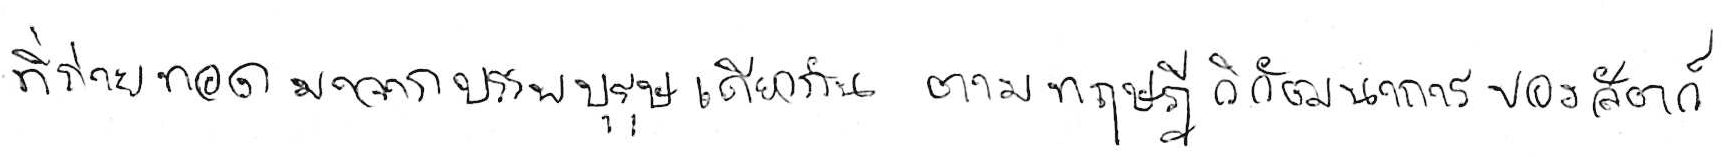
ที่ถ่ายทอดมาจากบรรพบุรุษเดียวกัน ตามทฤษฎีวิวัฒนาการของสัตว์